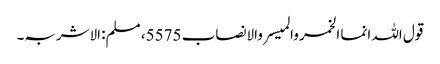
قول اللہ انما الخمر والمیسر والانصاب 5575، مسلم: الاشربہ۔